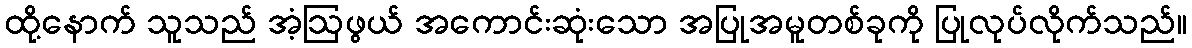
ထို့နောက် သူသည် အံ့ဩဖွယ် အကောင်းဆုံးသော အပြုအမူတစ်ခုကို ပြုလုပ်လိုက်သည်။